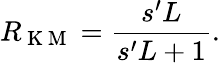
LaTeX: R_{\mathrm{~K~M~}}=\frac{s^{\prime}L}{s^{\prime}L+1}.